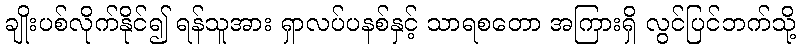
ချိုးပစ်လိုက်နိုင်၍ ရန်သူအား ရှာလပ်ပနစ်နှင့် သာရစတော အကြားရှိ လွင်ပြင်ဘက်သို့